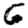
Digit: 6